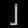
Digit: ၂